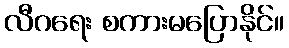
လီဂရေး စကားမပြောနိုင်။